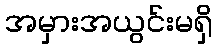
အမှားအယွင်းမရှိ